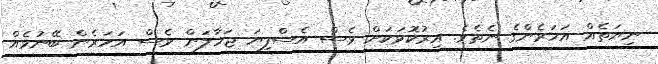
ނިޔަތެއް އަހަރެންގެ ނެތެވެ. އިރުކޮޅަކަށް ވެސް އެސްފިޔަ ޖަހާލަން ވެސް އަހަރެން ބޭނުމެއް